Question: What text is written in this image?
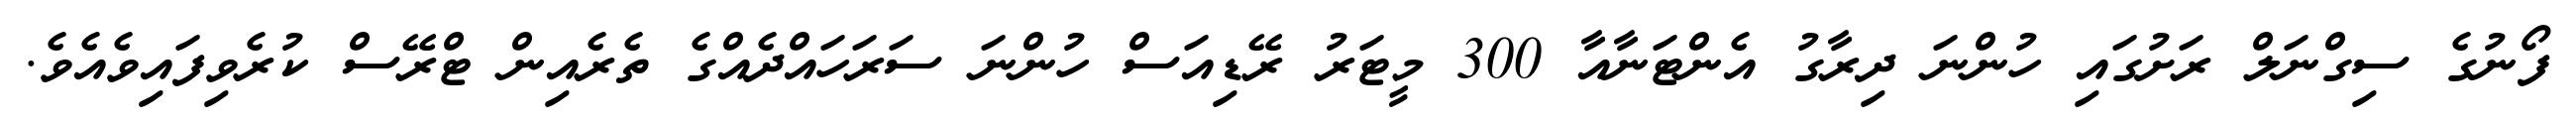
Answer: ފޯނުގެ ސިގްނަލް ރަށުގައި ހުންނަ ދިރާގު އެންޓަނާއާ 300 މީޓަރު ރޭޑިއަސް ހުންނަ ސަރަހައްދެއްގެ ތެރެއިން ޓްރޭސް ކުރެވިފައިވެއެވެ.